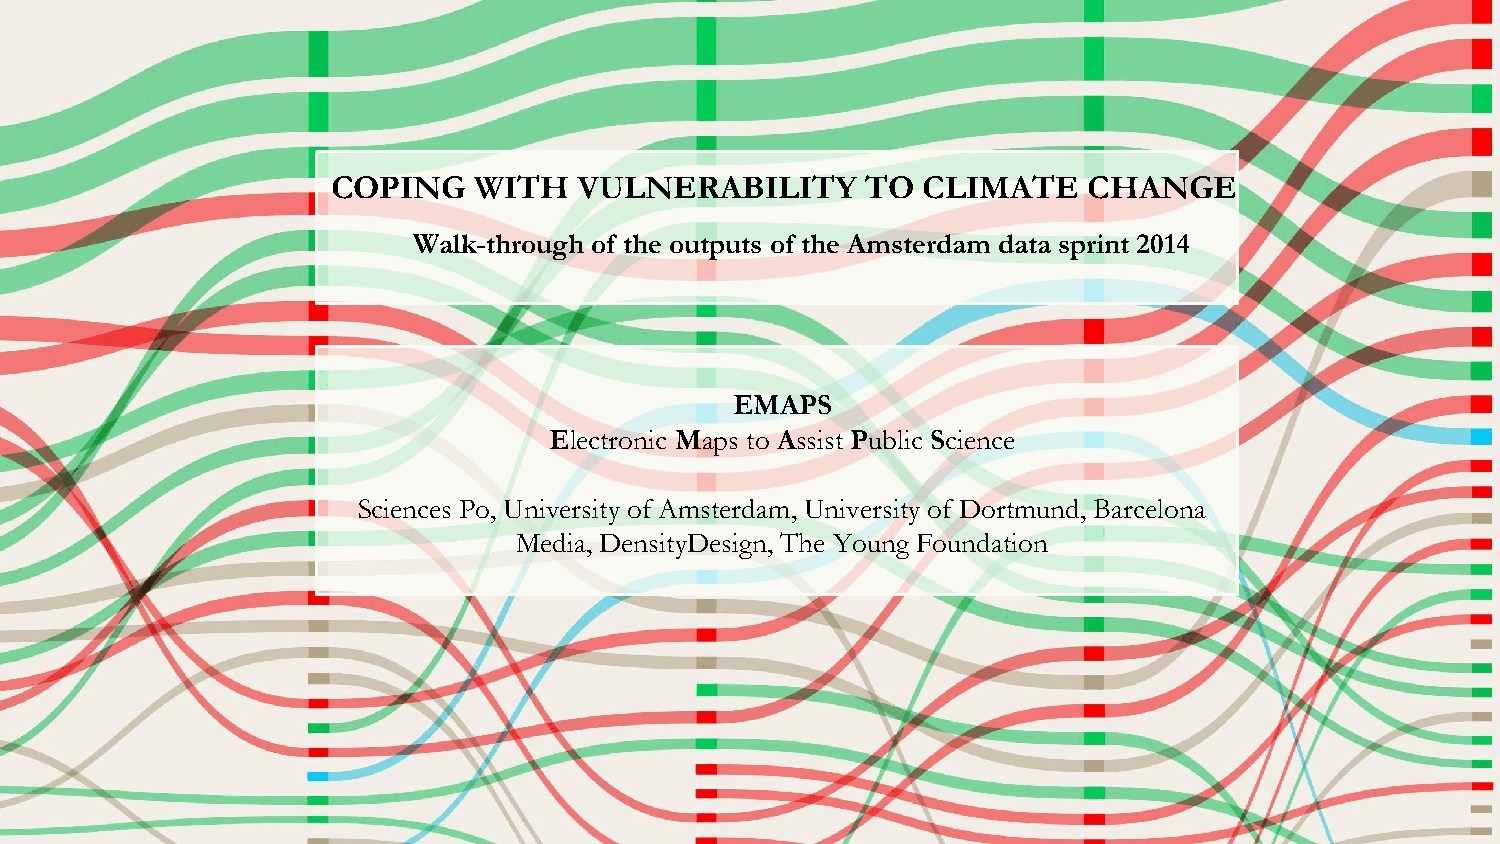
COPING   WITH   VULNERABILITY      TO  CLIMATE    CHANGE
 Walk-through of the outputs of the Amsterdam data sprint 2014
 EMAPS
 Electronic Maps to Assist Public Science
 Sciences Po, University of Amsterdam, University of Dortmund, Barcelona
 Media, DensityDesign, The Young Foundation